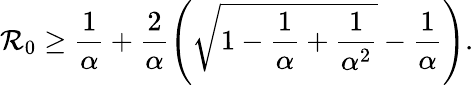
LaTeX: \mathcal{R}_{0}\ge\frac{1}{\alpha}+\frac{2}{\alpha}\left(\sqrt{1-\frac{1}{\alpha}+\frac{1}{\alpha^{2}}}-\frac{1}{\alpha}\right).